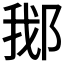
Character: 𬪂